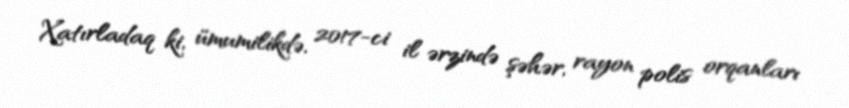
Xatırladaq ki, ümumilikdə, 2017-ci il ərzində şəhər, rayon polis orqanları